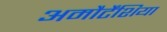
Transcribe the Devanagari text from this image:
अमौर्टेंशिया